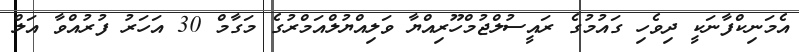
އެމަނިކްފާނަކީ ދިވެހި ގައުމުގެ ރައީސުލްޖުމްހޫރިއްޔާ ވަލިއްޔުލްއަމްރުގެ މަގާމް 30 އަހަރު ފުރުއްވާ އަލް